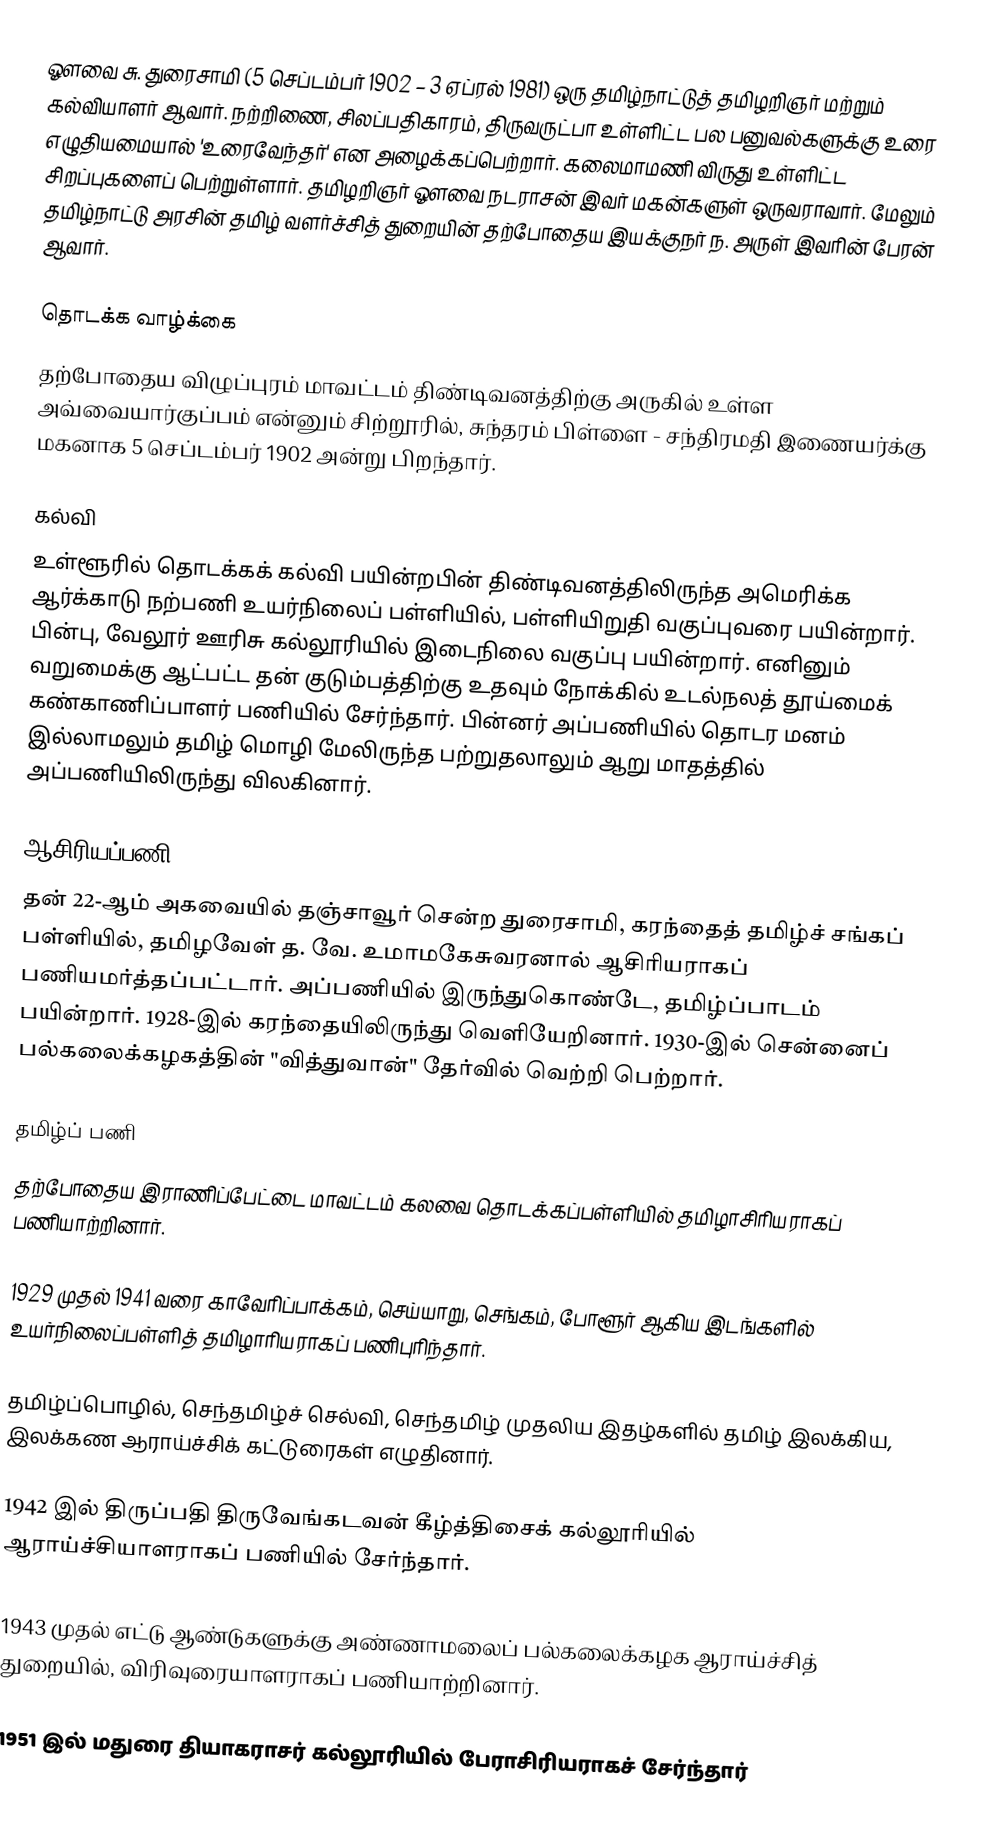
ஔவை சு. துரைசாமி (5 செப்டம்பர்  1902 – 3 ஏப்ரல் 1981) ஒரு தமிழ்நாட்டுத் தமிழறிஞர் மற்றும் கல்வியாளர் ஆவார். நற்றிணை, சிலப்பதிகாரம், திருவருட்பா உள்ளிட்ட பல பனுவல்களுக்கு உரை எழுதியமையால் 'உரைவேந்தர்' என அழைக்கப்பெற்றார். கலைமாமணி விருது உள்ளிட்ட சிறப்புகளைப் பெற்றுள்ளார். தமிழறிஞர் ஔவை நடராசன் இவர் மகன்களுள் ஒருவராவார். மேலும் தமிழ்நாட்டு அரசின் தமிழ் வளர்ச்சித் துறையின் தற்போதைய இயக்குநர் ந. அருள் இவரின் பேரன் ஆவார்.

தொடக்க வாழ்க்கை
தற்போதைய விழுப்புரம் மாவட்டம்  திண்டிவனத்திற்கு அருகில் உள்ள அவ்வையார்குப்பம் என்னும் சிற்றூரில், சுந்தரம் பிள்ளை - சந்திரமதி இணையர்க்கு மகனாக 5 செப்டம்பர் 1902 அன்று பிறந்தார்.

கல்வி
உள்ளூரில் தொடக்கக் கல்வி பயின்றபின் திண்டிவனத்திலிருந்த அமெரிக்க ஆர்க்காடு நற்பணி உயர்நிலைப் பள்ளியில், பள்ளியிறுதி வகுப்புவரை பயின்றார். பின்பு, வேலூர் ஊரிசு கல்லூரியில் இடைநிலை வகுப்பு பயின்றார். எனினும்  வறுமைக்கு ஆட்பட்ட தன் குடும்பத்திற்கு உதவும்  நோக்கில் உடல்நலத் தூய்மைக் கண்காணிப்பாளர் பணியில் சேர்ந்தார். பின்னர் அப்பணியில் தொடர மனம் இல்லாமலும் தமிழ் மொழி மேலிருந்த பற்றுதலாலும் ஆறு மாதத்தில் அப்பணியிலிருந்து விலகினார்.

ஆசிரியப்பணி
தன் 22-ஆம் அகவையில் தஞ்சாவூர் சென்ற துரைசாமி, கரந்தைத் தமிழ்ச் சங்கப் பள்ளியில், தமிழவேள் த. வே. உமாமகேசுவரனால் ஆசிரியராகப் பணியமர்த்தப்பட்டார். அப்பணியில் இருந்துகொண்டே, தமிழ்ப்பாடம் பயின்றார். 1928-இல் கரந்தையிலிருந்து வெளியேறினார். 1930-இல்  சென்னைப் பல்கலைக்கழகத்தின் "வித்துவான்" தேர்வில் வெற்றி பெற்றார்.

தமிழ்ப் பணி
தற்போதைய இராணிப்பேட்டை மாவட்டம் கலவை தொடக்கப்பள்ளியில் தமிழாசிரியராகப் பணியாற்றினார்.

1929 முதல் 1941 வரை காவேரிப்பாக்கம், செய்யாறு, செங்கம், போளூர் ஆகிய இடங்களில் உயர்நிலைப்பள்ளித் தமிழாரியராகப் பணிபுரிந்தார்.

தமிழ்ப்பொழில், செந்தமிழ்ச் செல்வி, செந்தமிழ் முதலிய இதழ்களில் தமிழ் இலக்கிய, இலக்கண ஆராய்ச்சிக் கட்டுரைகள் எழுதினார்.

1942 இல் திருப்பதி திருவேங்கடவன் கீழ்த்திசைக் கல்லூரியில் ஆராய்ச்சியாளராகப் பணியில் சேர்ந்தார்.

1943 முதல் எட்டு ஆண்டுகளுக்கு அண்ணாமலைப் பல்கலைக்கழக ஆராய்ச்சித் துறையில், விரிவுரையாளராகப் பணியாற்றினார்.

1951 இல் மதுரை தியாகராசர் கல்லூரியில் பேராசிரியராகச் சேர்ந்தார்